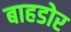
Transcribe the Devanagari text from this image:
बाहडोर